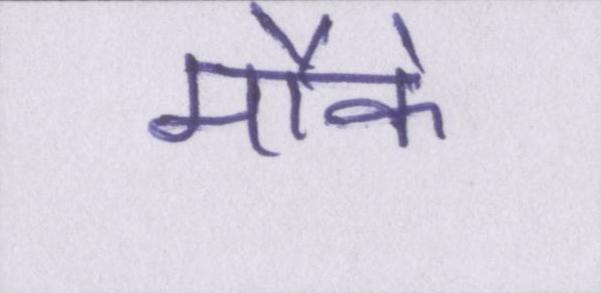
मौके